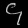
Digit: ၄